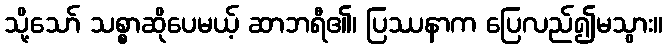
သို့သော် သစ္စာဆိုပေမယ့် ဆာဘရီ၏၊ ပြဿနာက ပြေလည်၍မသွား။